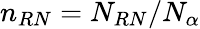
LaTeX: n_{RN}=N_{RN}/N_{\alpha}